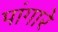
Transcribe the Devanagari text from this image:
पांगारे